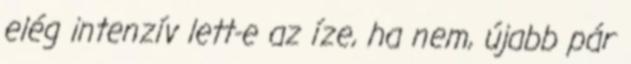
elég intenzív lett-e az íze, ha nem, újabb pár